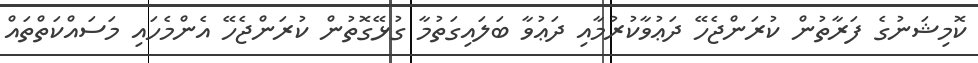
ކޮމިޝަނުގެ ފަރާތުން ކުރަންޖެހޭ ދަޢުވާކުރުމާއި ދަޢުވާ ބަލައިގަތުމާ ގުޅޭގޮތުން ކުރަންޖެހޭ އެންމެހައި މަސައްކަތްތައް